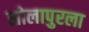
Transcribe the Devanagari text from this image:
सोलापुरला